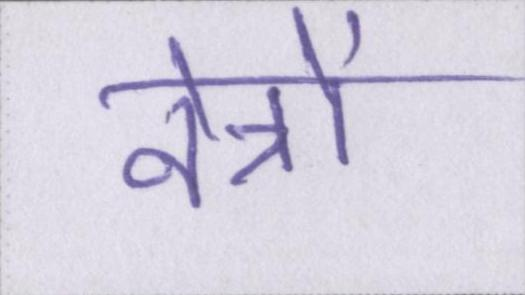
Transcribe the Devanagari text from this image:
नेत्रों